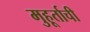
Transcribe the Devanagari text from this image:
मुहूर्ताची